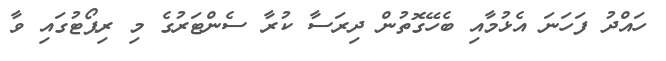
ހައްދު ފަހަނަ އެޅުމާއި ބެހޭގޮތުން ދިރަސާ ކުރާ ސެންޓަރުގެ މި ރިޕޯޓުގައި ވާ